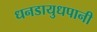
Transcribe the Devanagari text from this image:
धनडायुधपानी